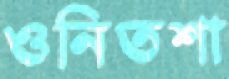
ওনিতশা